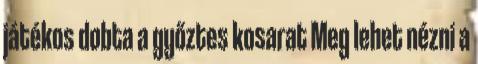
játékos dobta a győztes kosarat Meg lehet nézni a